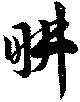
畊